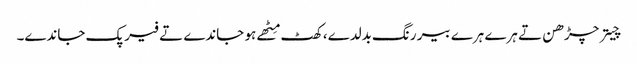
چیتر چڑھن تے ہرے ہرے بیر رنگ بدلدے، کھٹ مِٹھے ہو جاندے تے فیر پک جاندے۔